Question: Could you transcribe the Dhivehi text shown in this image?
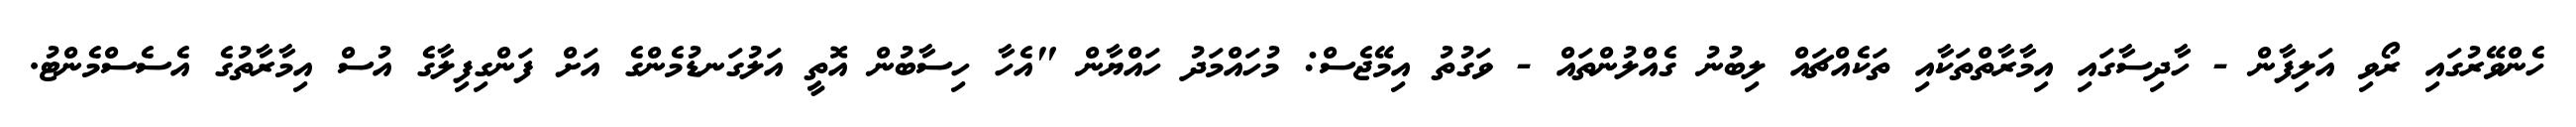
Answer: ހެންވޭރުގައި ރޯވި އަލިފާން - ހާދިސާގައި އިމާރާތްތަކާއި ތަކެއްޗައް ލިބުނު ގެއްލުންތައް - ވަގުތު އިމޭޖެސް: މުހައްމަދު ހައްޔާން "އެހާ ހިސާބުން އޮތީ އަލުގަނޑުމެންގެ އަށް ފަންގިފިލާގެ އުސް އިމާރާތުގެ އެސެސްމެންޓު.